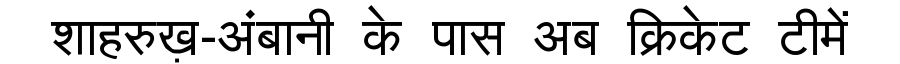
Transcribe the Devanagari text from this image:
शाहरुख़-अंबानी के पास अब क्रिकेट टीमें